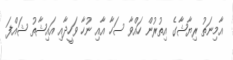
އާމިނަތު ރިޔާޝާގެ އިތުރުން ހައްވާ ސަހާ އާއި ނުހާ ވަހީދާއި އައިޝާތު ޝައްފަ